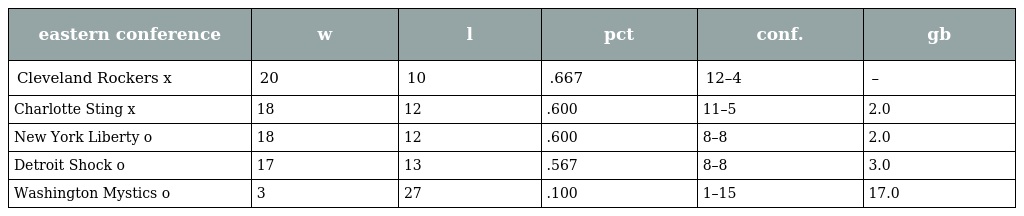
| eastern conference | w | l | pct | conf. | gb |
 | --- | --- | --- | --- | --- | --- |
 | Cleveland Rockers x | 20 | 10 | .667 | 12–4 | – |
 | Charlotte Sting x | 18 | 12 | .600 | 11–5 | 2.0 |
 | New York Liberty o | 18 | 12 | .600 | 8–8 | 2.0 |
 | Detroit Shock o | 17 | 13 | .567 | 8–8 | 3.0 |
 | Washington Mystics o | 3 | 27 | .100 | 1–15 | 17.0 |